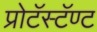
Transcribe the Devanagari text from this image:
प्रोटॅस्टॅण्ट